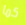
كما